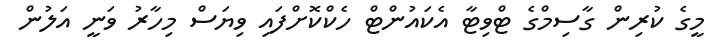
މީގެ ކުރިން ގާސިމްގެ ޓްވިޓާ އެކައުންޓް ހެކްކޮށްފައި ވިޔަސް މިހާރު ވަނީ އަލުން